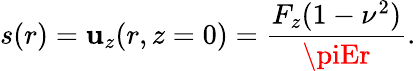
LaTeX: s(r)=\mathbf{u}_{z}(r,z=0)=\frac{{F_{z}(1-\nu^{2})}}{{\piEr}}.